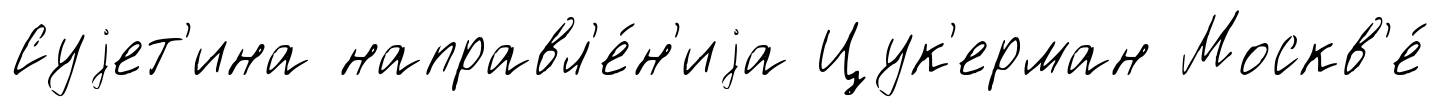
Суjет'ина направл'е́н'иjа Цук'ерман Москв'е́